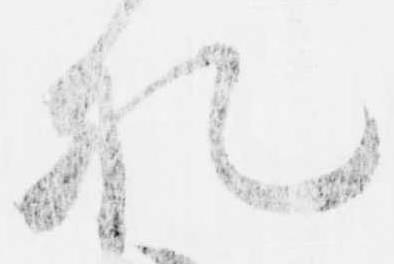
札